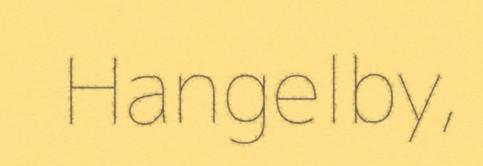
Hangelby,